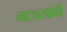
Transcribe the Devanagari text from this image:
नाट्यस्वांगी